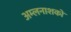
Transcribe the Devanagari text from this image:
अम्लनाशकों